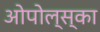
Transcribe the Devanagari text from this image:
ओपोल्स्का